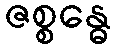
ဇစ္စန္ဓေ